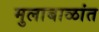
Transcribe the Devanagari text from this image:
मुलाबाळांत